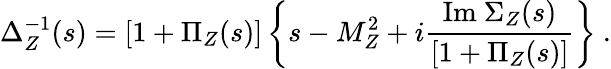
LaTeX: \Delta_{Z}^{-1}(s)=[1+\Pi_{Z}(s)]\left\{ s-M_{Z}^{2}+i\frac{\mathrm{Im}~\Sigma_{Z}(s)}{[1+\Pi_{Z}(s)]}\right\} ~.